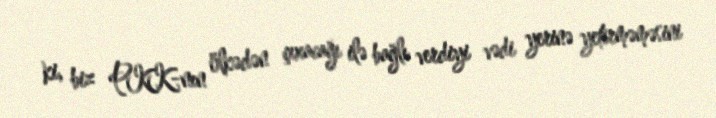
ki, biz PKK-nın ölkədən çıxacağı ilə bağlı verdiyi vədi yerinə yetirməməsini